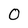
Character: O